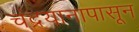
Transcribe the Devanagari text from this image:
चंद्रयानापासून